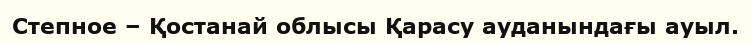
Степное – Қостанай облысы Қарасу ауданындағы ауыл.